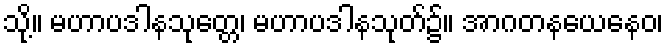
သို့။ မဟာပဒါနသုတ္တေ၊ မဟာပဒါနသုတ်၌။ အာဂတနယေနေဝ၊